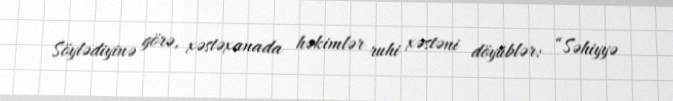
Söylədiyinə görə, xəstəxanada həkimlər ruhi xəstəni döyüblər: “Səhiyyə